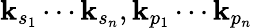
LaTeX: \mathbf{k}_{s_{1}}\cdots\mathbf{k}_{s_{n}},\mathbf{k}_{p_{1}}\cdots\mathbf{k}_{p_{n}}